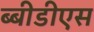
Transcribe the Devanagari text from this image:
ब्बीडीएस